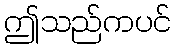
ဤသည်ကပင်